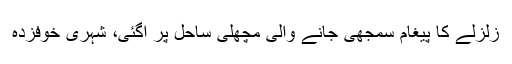
زلزلے کا پیغام سمجھی جانے والی مچھلی ساحل پر آگئی، شہری خوفزدہ